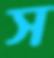
স